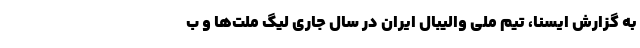
به گزارش ایسنا، تیم ملی والیبال ایران در سال جاری لیگ‌ ملت‌ها و ب